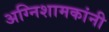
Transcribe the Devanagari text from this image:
अग्निशामकांनी